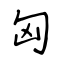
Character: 匈